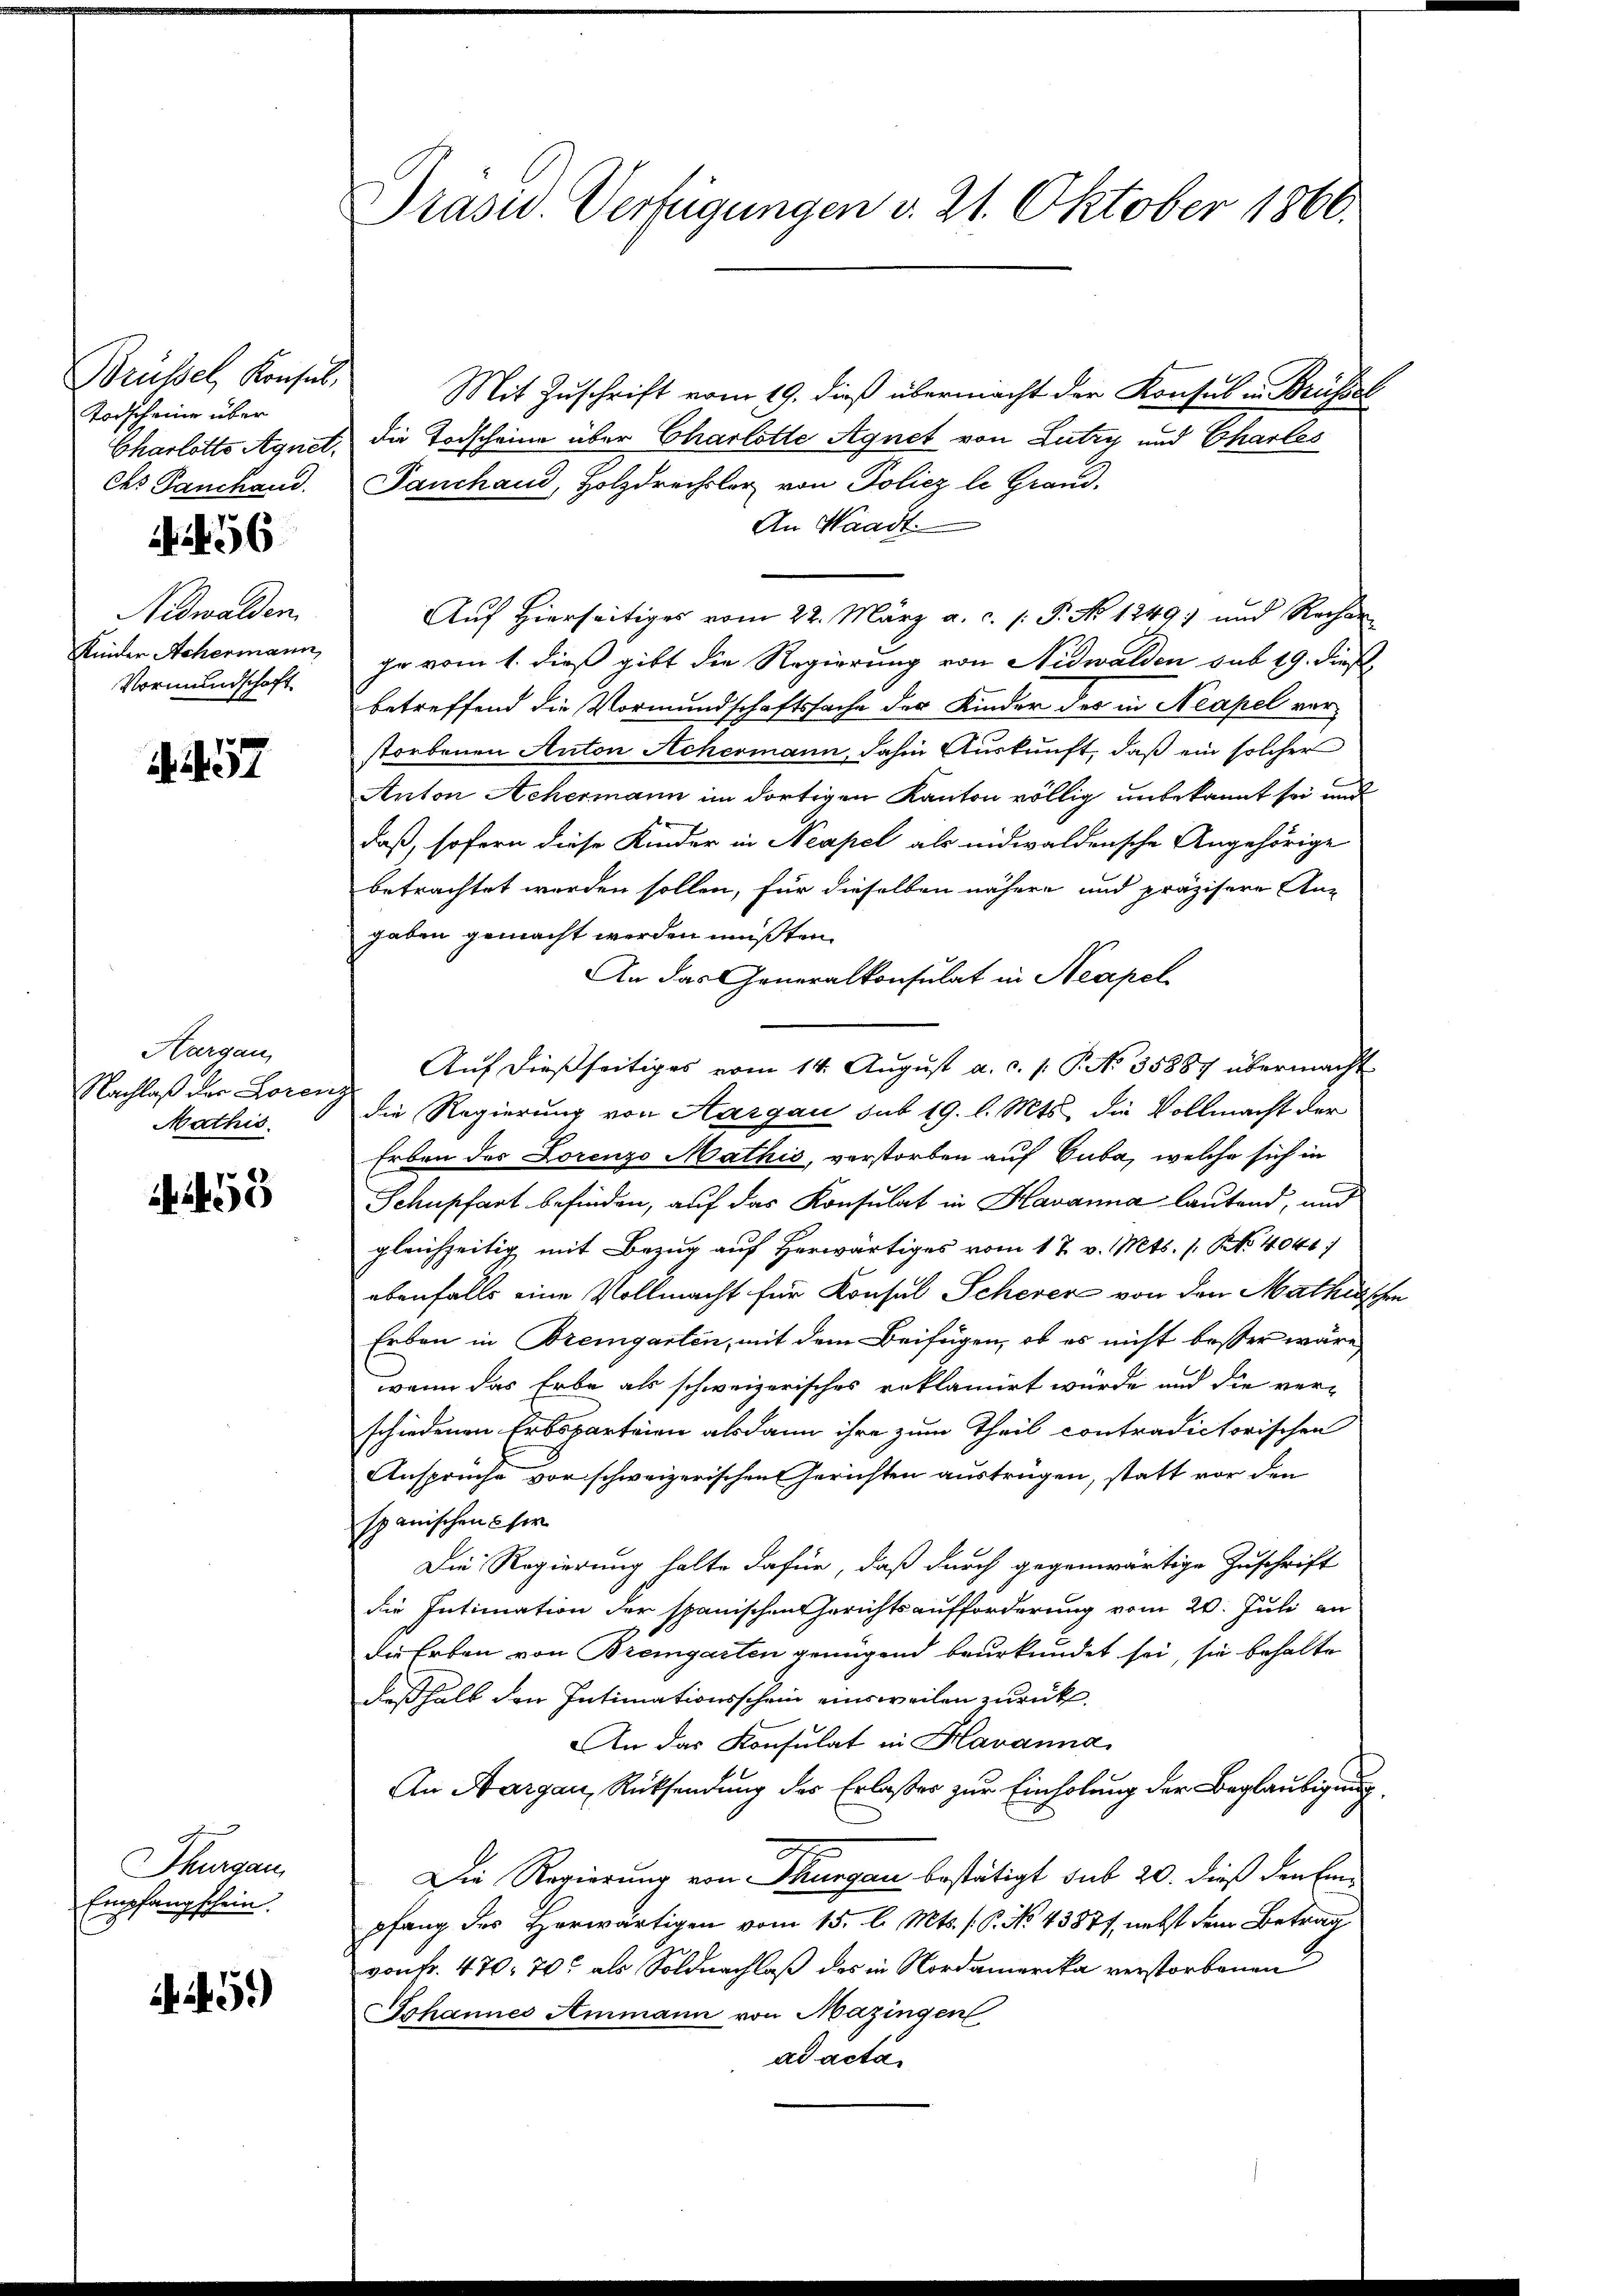
Brüssel, Konsul,
Todscheine über
Charlotts Agnet,
Chs Panchand.

456

Nidwalden.
Kinder Achermann,
Vormundschaft

457

Hargau,
Nachlaß der Loren
Mathis

88
450

Thurgau,
Empfangschein.

ii459)

Präsid. Verfügungen v. 21. Oktober 1866.

Mit Zuschrift vom 19. dieß übermacht der Konsul u. Brüssel
die Todscheine über Charlotte Agnet von Lutzy und Charles
Tanchand, Holzdrechsler von Poliez le Grand,
An Waadt.
Auf Hierseitiges vom 22. März a. c. (: P. No 1249) und Rechen
ge vom 1. dieß gibt die Regierung von Nidwalden sub 19. dieß
betreffend die Vormundschaftssache der Kinder des in Neapel verstorbenen Anton Achermann, dahin Auskunft, daß ein solcher
Anton Achermann im dortigen Kanton völlig unbekannt sei und
daß, sofern diese Kinder in Neapel als eidwaldensche Angehörige
betrachtet werden sollen, für dieselben nähere und präzisere An-
gaben gemacht werden müßten.
An das Generalkonsulat in Neapel
Auf dießseitiges vom 14. August a. c. p. P. No 35887 übermacht
die Regierung von Aargau sub 19. l. Mts. die Vollmacht der
Erben der Lorenzo Mathis, verstorben auf Cuba, welche sich in
Schupfart befinden, auf das Konsulat in Havanna lautend, und
gleichzeitig mit Bezug auf herwärtiges vom 17. v. Mts. ( NNo. 4040.
ebenfalls eine Vollmacht für Konsul Schever von den Mathischen
Erben in Bremgarten, mit dem Beifügen, ob es nicht besser wäre
wann das Erbe als schweizerisches reklamirt wurde und die verschiedenen Erbsparteien alsdann ihre zum Theil contradictorischen
Ansprüche vor schweizerischen Gerichten austrügen, statt vor den
spanischen her
Die Regierung halte dafür, daß durch gegenwärtige Zuschrift
die Intimation der spanischen Gerichtsaufforderung vom 20. Juli an
die Erben von Bremgarten genügend beurkundet sei, sie behalte
deßhalb den Intimationsschein einsweilen zurück
An das Konsulat in Havanna
An Aargau, Rücksendung des Erlasser zur Einholung der Beglaubigung
Die Regierung von Thurgau bestätigt sub 20. dieß den Einpfang des Herwärtigen vom 15. l. Mts. (C. No. 43871, nebst dem Betrag
von Fr. 470. 70 als Soldnachlaß des in Nordamerika verstorbenen
Johannes Ammann von Mazingen
ad acta